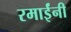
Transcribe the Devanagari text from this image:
रमाईंनी